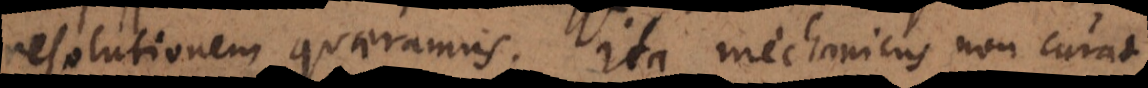
resolutionem quaeramus. Ita mechanicus non curat